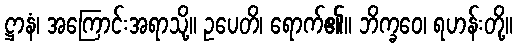
ဋ္ဌာနံ၊ အကြောင်းအရာသို့။ ဥပေတိ၊ ရောက်၏။ ဘိက္ခဝေ၊ ရဟန်းတို့။